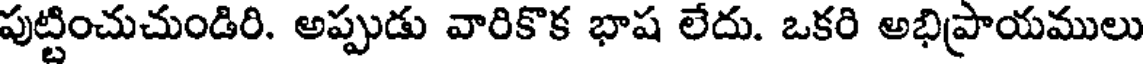
పుట్టించుచుండిరి. అప్పుడు వారికొక భాష లేదు. ఒకరి అభిప్రాయములు